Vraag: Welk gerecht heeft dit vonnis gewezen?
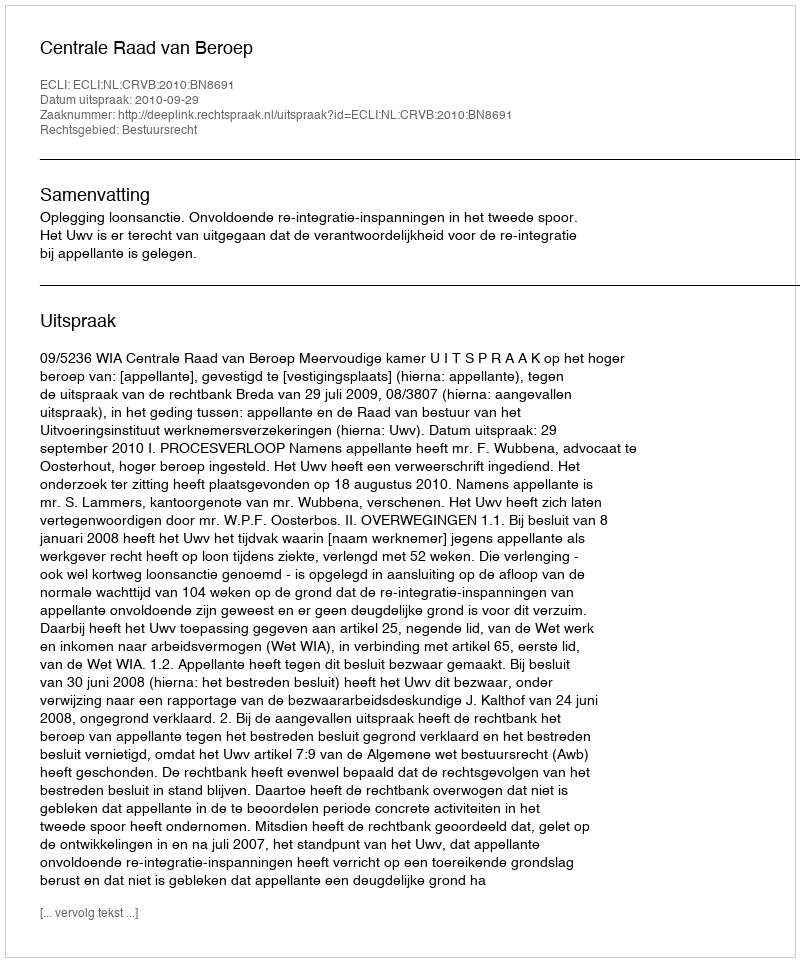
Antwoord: Centrale Raad van Beroep